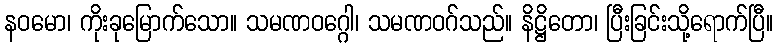
နဝမော၊ ကိုးခုမြောက်သော။ သမဏဝဂ္ဂေါ၊ သမဏဝဂ်သည်။ နိဋ္ဌိတော၊ ပြီးခြင်းသို့ရောက်ပြီ။